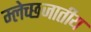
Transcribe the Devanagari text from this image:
म्लेच्छजातीय